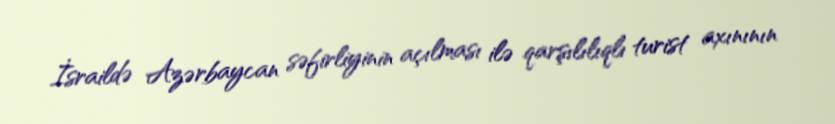
İsraildə Azərbaycan səfirliyinin açılması ilə qarşılılıqlı turist axınının